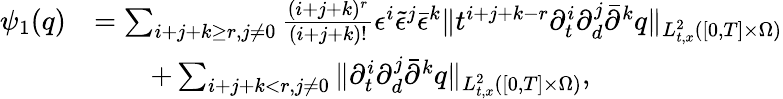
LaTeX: \begin{array}{rl}{\psi_{1}(q)}&{=\sum_{i+j+k\ge r,j\ne 0}\frac{(i+j+k)^{r}}{(i+j+k)!}\epsilon^{i}\tilde{\epsilon}^{j}\bar{\epsilon}^{k}\| t^{i+j+k-r}\partial_{t}^{i}\partial_{d}^{j}\bar{\partial}^{k}q\| _{L_{t,x}^{2}([0,T]\times\Omega)}}\\ &{\quad\quad+\sum_{i+j+k<r,j\ne 0}\| \partial_{t}^{i}\partial_{d}^{j}\bar{\partial}^{k}q\| _{L_{t,x}^{2}([0,T]\times\Omega)},}\end{array}